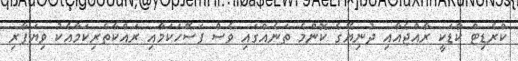
ކްރެޑިޓް ކާޑަކީ ރާއްޖެއާއި ދުނިޔޭގެ ކޮންމެ ތަނެއްގައި ވެސް ފަސޭހަކަމާއި ރައްކާތެރިކަމާއެކު ވިޔަފާރި